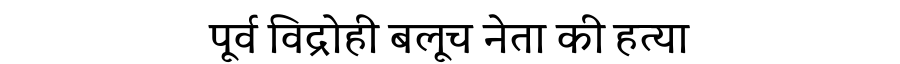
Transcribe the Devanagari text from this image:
पूर्व विद्रोही बलूच नेता की हत्या